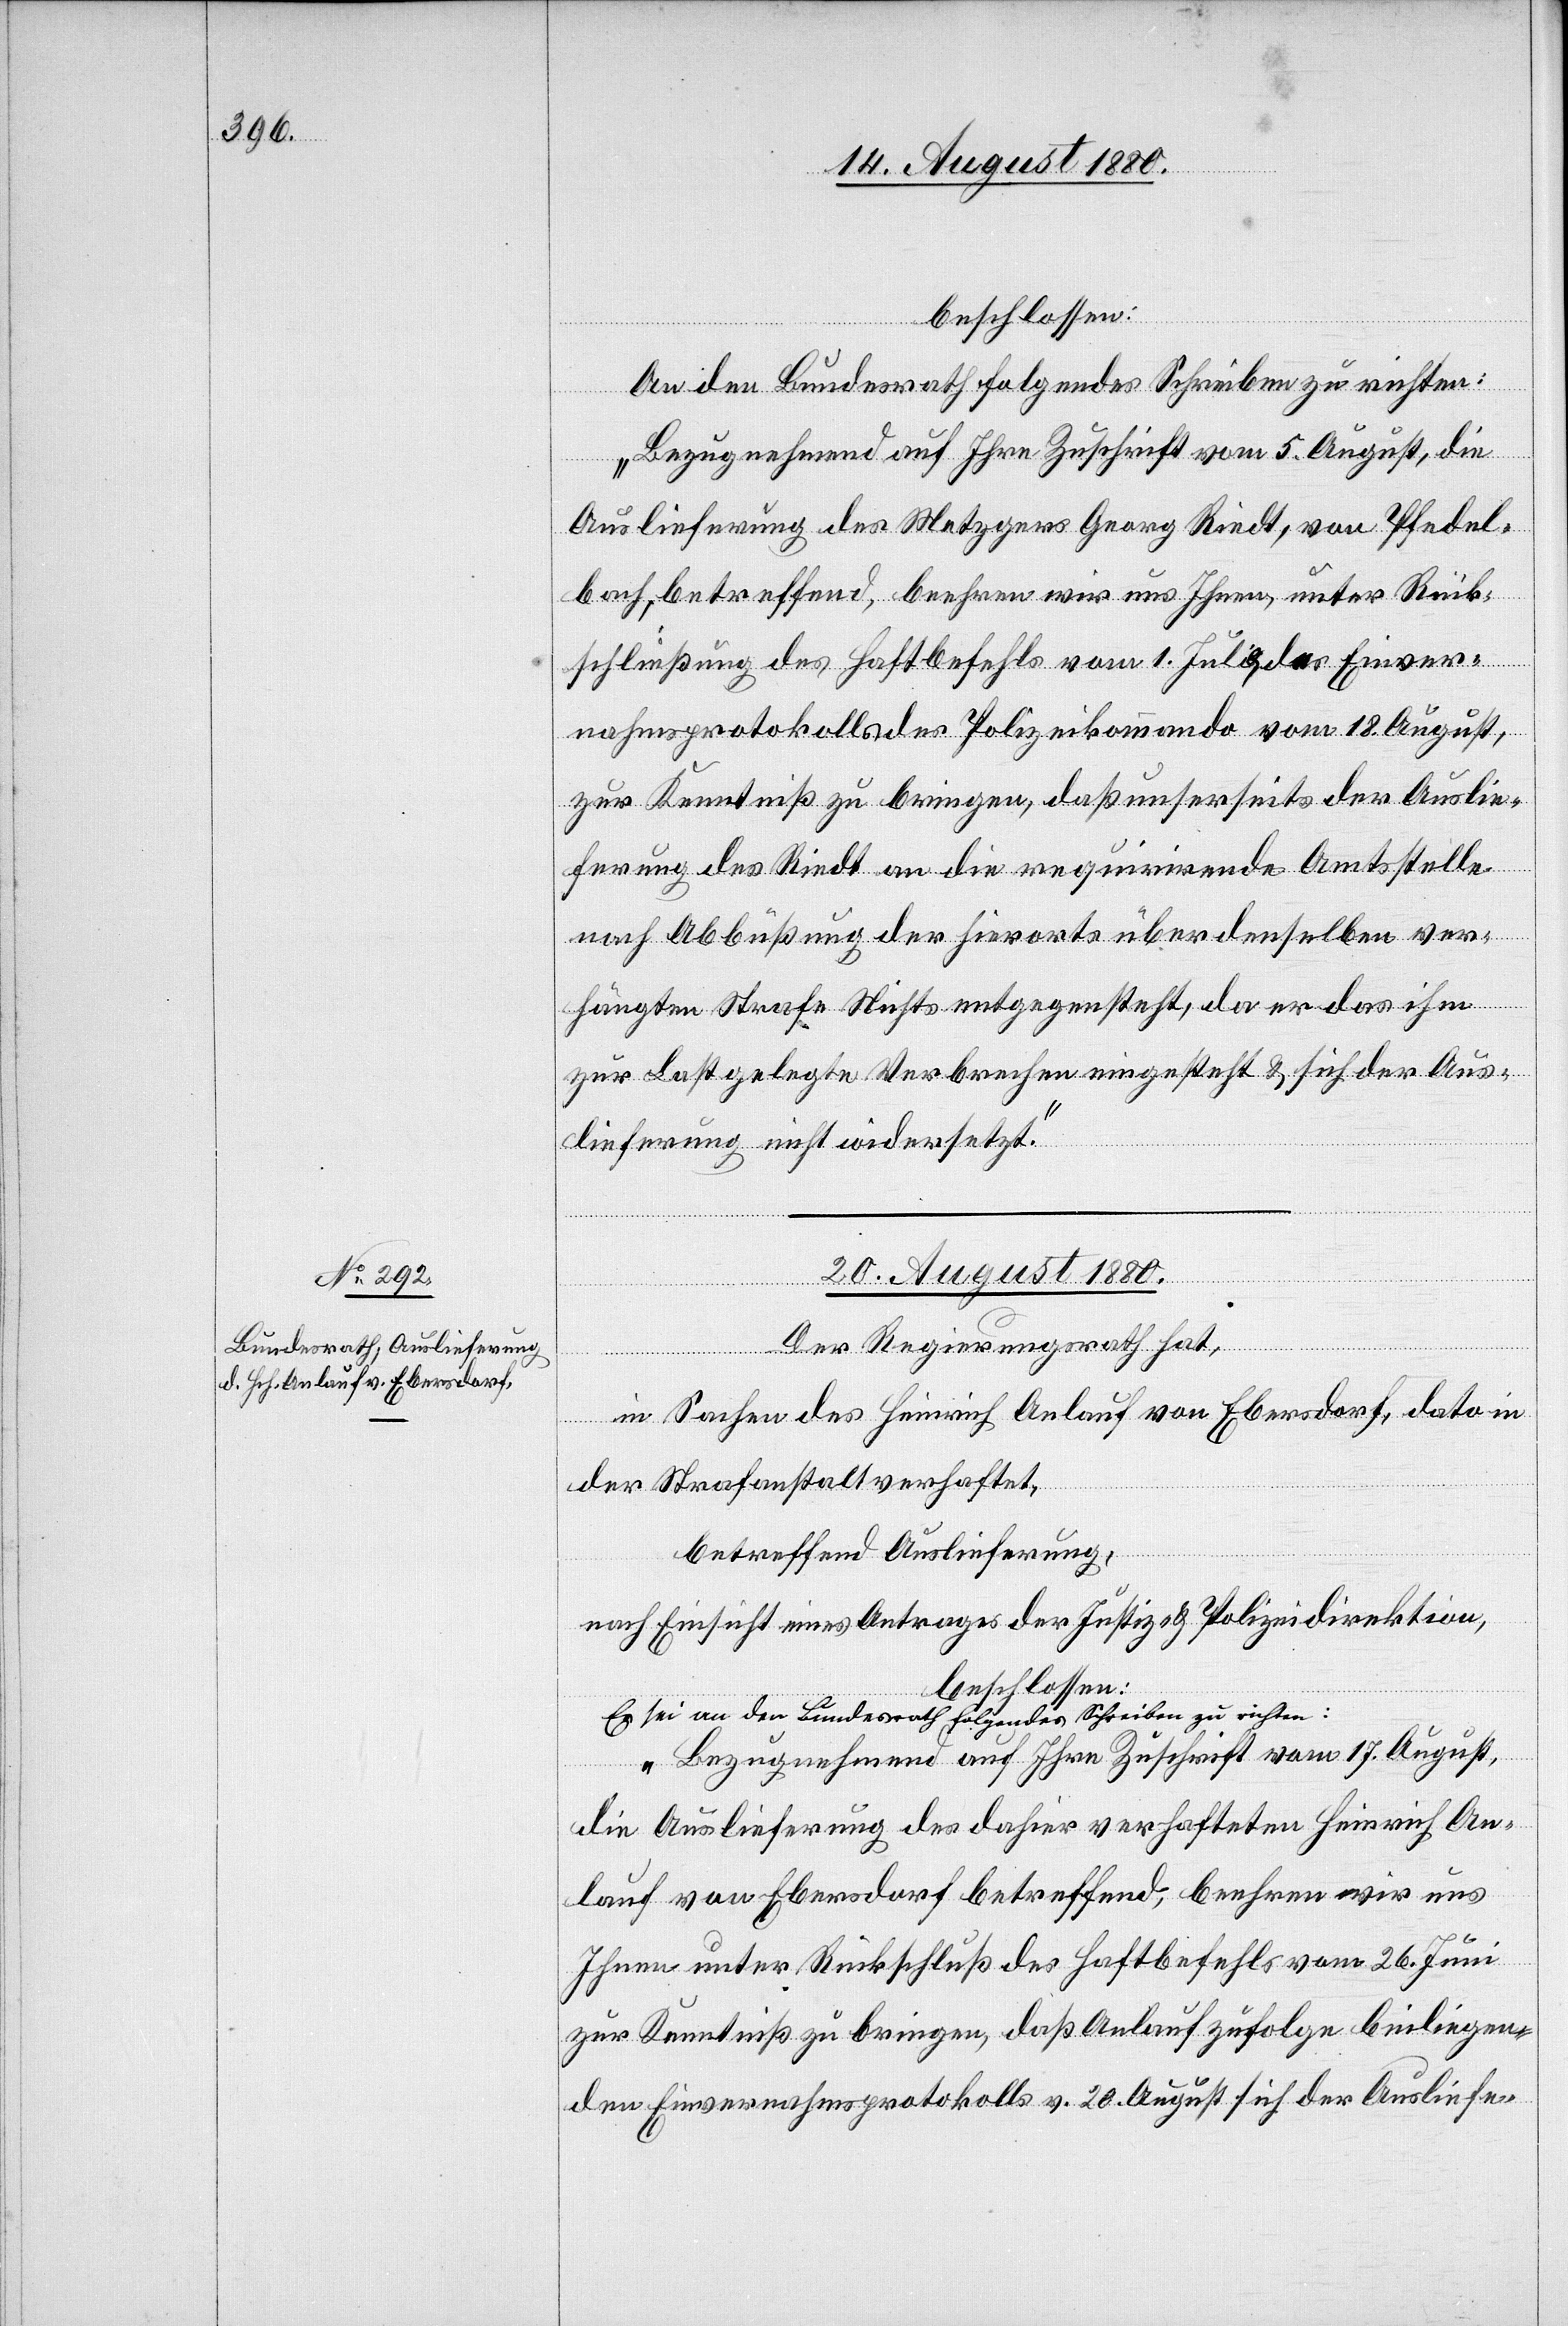
beschlossen:
An den Bundesrath folgendes Schreiben zu richten:
„Bezugnehmend auf Ihre Zuschrift vom 5. August, die
Auslieferung des Metzgers Georg Rindt, von Pfedel¬
bach, betreffend, beehren wir uns Ihnen, unter Rück¬
schließung des Haftbefehls vom 1. Juli, des Einver¬
nahmsprotokolls des Polizeikommando vom 18. August,
zur Kenntniß zu bringen, daß unserseits der Auslie¬
ferung des Rindt an die requirirende Amtsstelle
nach Abbüßung der hierorts über denselben ver¬
hängten Strafe Nichts entgegensteht, da er das ihm
zur Last gelegte Verbrechen eingesteht & sich der Aus¬
lieferung nicht widersetzt.“
20. August 1880.
Der Regierungsrath hat,
in Sachen des Heinrich Anlauf von Ebersdorf, dato in
der Strafanstalt verhaftet,
betreffend Auslieferung,
nach Einsicht eines Antrages der Justiz- & Polizeidirektion,
Es sei an den Bundesrath folgendes Schreiben zu richten:
„Bezugnehmend auf Ihre Zuschrift vom 17. August,
die Auslieferung des dahier verhafteten Heinrich An¬
lauf von Ebersdorf betreffend, beehren wir uns
Ihnen unter Rückschluß des Haftbefehls vom 26. Juni
zur Kenntniß zu bringen, daß Anlauf zufolge beiliegen¬
den Einvernahmsprotokolls v. 20. August sich der Ausliefe-